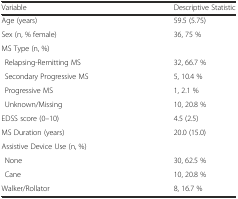
| Variable | Descriptive Statistic |
 | --- | --- |
 | Age (years) | 59.5 (5.75) |
 | Sex (n, % female) | 36, 75 % |
 | MS Type (n, %) |  |
 | Relapsing-Remitting MS | 32, 66.7 % |
 | Secondary Progressive MS | 5, 10.4 % |
 | Progressive MS | 1, 2.1 % |
 | Unknown/Missing | 10, 20.8 % |
 | EDSS score (0–10) | 4.5 (2.5) |
 | MS Duration (years) | 20.0 (15.0) |
 | Assistive Device Use (n, %) |  |
 | None | 30, 62.5 % |
 | Cane | 10, 20.8 % |
 | Walker/Rollator | 8, 16.7 % |